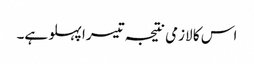
اس کا لازمی نتیجہ تیسرا پہلو ہے۔